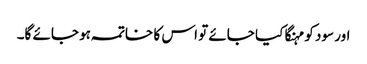
اور سود کو مہنگا کیا جائے تو اس کا خاتمہ ہو جائے گا۔